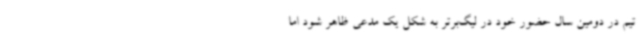
تیم در دومین سال حضور خود در لیگ‌برتر به شکل یک مدعی ظاهر شود اما